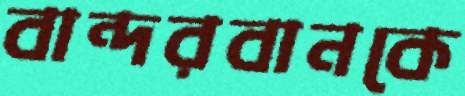
বান্দরবানকে